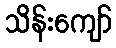
သိန်းကျော်